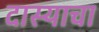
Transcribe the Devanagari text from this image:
दास्याचा